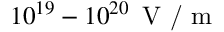
1 0 ^ { 1 9 } - 1 0 ^ { 2 0 } \, \textrm { V / m }